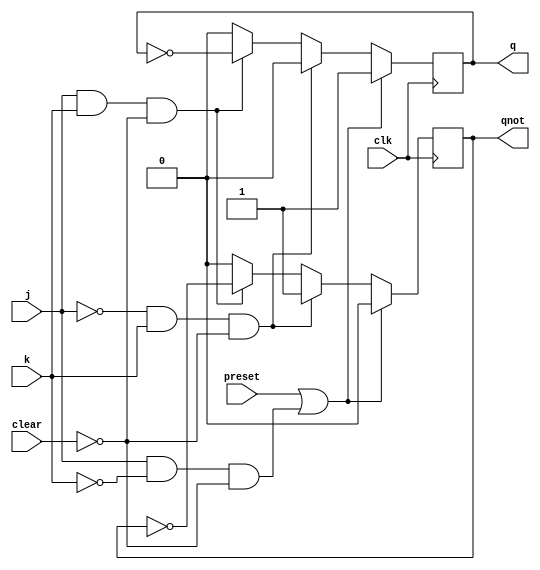
module flip_flop_jk_ass( output q, output qnot, input j, input k, input clk, input clear, input preset);

reg q, qnot;

// Definio dos estgios do flip flop
 always @( negedge clk )
  begin
   if (preset | (j & ~k & ~clear))
    begin    // Seta
     q = 1;
     qnot = 0;
    end
   else if ( ~j & k & ~clear)
    begin    // Reseta
     q = 0;
     qnot = 1;
    end
   else if ( j & k & ~clear)
    begin    // Toogle
     q = ~q;
     qnot = ~qnot;
    end
   else
    begin  // Hold ou apaga
     q = 0;
     qnot = 0;
    end
 end

endmodule